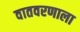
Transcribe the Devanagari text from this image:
वातवरणाला